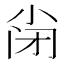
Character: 𡭬